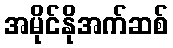
အမိုင်နိုအက်ဆစ်